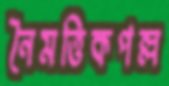
নৈমত্তিকপল্ল